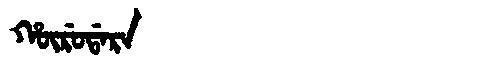
Manchu: ᡥᡡᡵᡠᡩᠠᡵᠠ
Romanization: HŪRUDARA